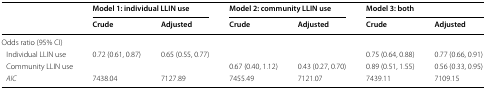
| <ROWSPAN=2>  | <COLSPAN=2> Model 1: individual LLIN use | <COLSPAN=2> Model 2: community LLIN use | <COLSPAN=2> Model 3: both |
 | Crude | Adjusted | Crude | Adjusted | Crude | Adjusted |
 | --- | --- | --- | --- | --- | --- | --- |
 | <COLSPAN=7> Odds ratio (95% CI) |
 | Individual LLIN use | 0.72 (0.61, 0.87) | 0.65 (0.55, 0.77) |  |  | 0.75 (0.64, 0.88) | 0.77 (0.66, 0.91) |
 | Community LLIN use |  |  | 0.67 (0.40, 1.12) | 0.43 (0.27, 0.70) | 0.89 (0.51, 1.55) | 0.56 (0.33, 0.95) |
 | AIC | 7438.04 | 7127.89 | 7455.49 | 7121.07 | 7439.11 | 7109.15 |